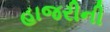
હાજરીની